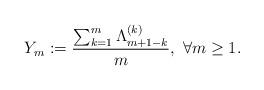
LaTeX: \begin{align*}Y_m:=\frac{\sum_{k=1}^m \Lambda_{m+1-k}^{(k)}}{m},\ \forall m\geq1.\end{align*}